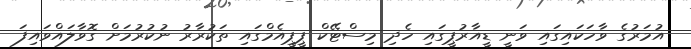
އުމަރުގެ ވާހަކައިގައި ވަނީ ޑީއާރުޕީގައި ހެދި މިސްޓޭކް ޕީޕީއެމްގައި ތަކުރާރު ނުކުރުމަށް ގޮވާލައްވައިފަ